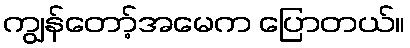
ကျွန်တော့်အမေက ပြောတယ်။